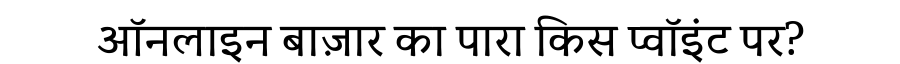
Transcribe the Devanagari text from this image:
ऑनलाइन बाज़ार का पारा किस प्वॉइंट पर?